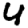
Digit: 4